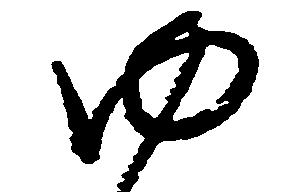
ゆ